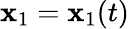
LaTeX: {\mathbf x}_{1}={\mathbf x}_{1}(t)